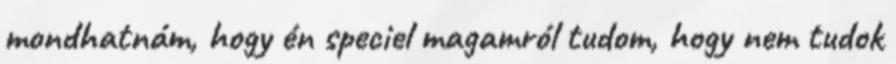
mondhatnám, hogy én speciel magamról tudom, hogy nem tudok